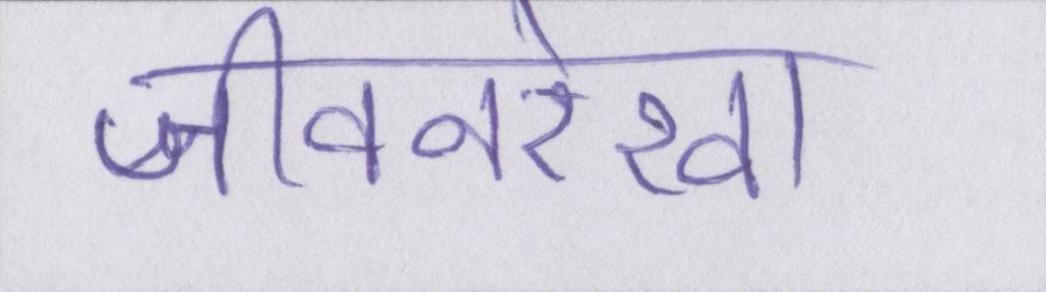
जीवनरेखा